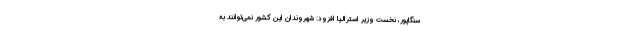
سنگاپور، نخست وزیر استرالیا افزود: شهروندان این کشور نمی‌توانند به